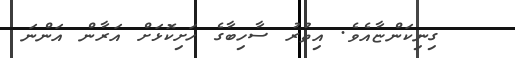
ގިނިކަންޏާއެވެ. އިތުރު ސާހިބާގެ ހަށިކޮޅަށް އަރާން އަންނަ